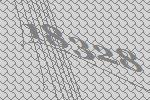
18328